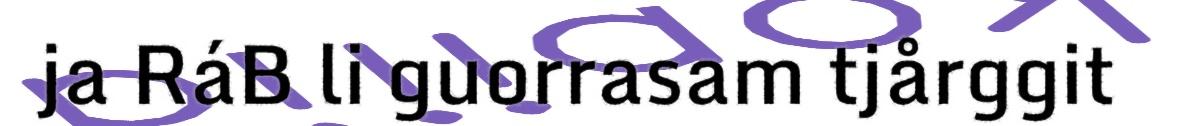
ja RáB li guorrasam tjårggit